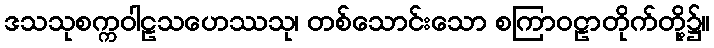
ဒသသုစက္ကဝါဠသဟေဿသု၊ တစ်သောင်းသော စကြာဝဠာတိုက်တို့၌။